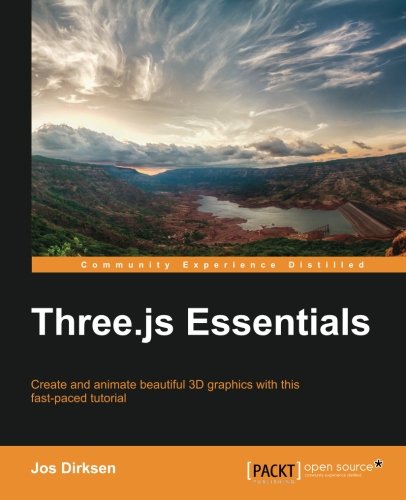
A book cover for Three.js Essentials; Jos Dirksen; Computers & Technology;